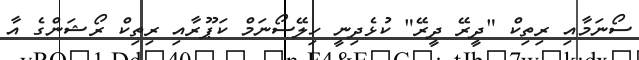
ސޯނަމާއި ރިތިކް "ދީރޭ ދީރޭ" ކުޅެދިނީ ހިލޭސޯނަމް ކަޕޫރާއި ރިތިކް ރޯޝަންގެ އާ